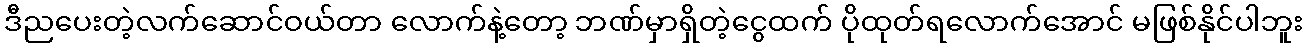
ဒီညပေးတဲ့လက်ဆောင်ဝယ်တာ လောက်နဲ့တော့ ဘဏ်မှာရှိတဲ့ငွေထက် ပိုထုတ်ရလောက်အောင် မဖြစ်နိုင်ပါဘူး